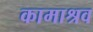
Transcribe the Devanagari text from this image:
कामाश्रव